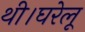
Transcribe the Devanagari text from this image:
थी।घरेलू